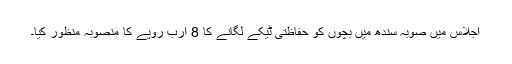
اجلاس میں صوبہ سندھ میں بچوں کو حفاظتی ٹیکے لگانے کا 8 ارب روپے کا منصوبہ منظور کیا۔